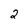
Character: 2